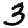
Digit: 3